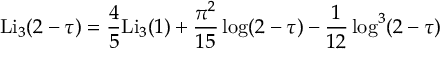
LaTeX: \mathrm { L i } _ { 3 } ( 2 - \tau ) = \frac { 4 } { 5 } \mathrm { L i } _ { 3 } ( 1 ) + \frac { \pi ^ { 2 } } { 1 5 } \log ( 2 - \tau ) - \frac { 1 } { 1 2 } \log ^ { 3 } ( 2 - \tau )